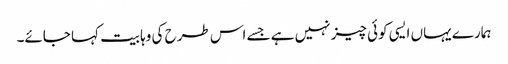
ہمارے یہاں ایسی کوئی چیز نہیں ہے جسے اس طرح کی وہابیت کہا جائے۔